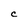
Character: C